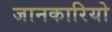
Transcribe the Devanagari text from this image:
जानकारियो